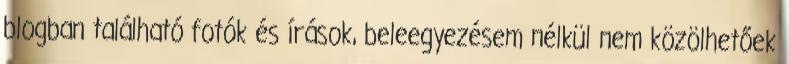
blogban található fotók és írások, beleegyezésem nélkül nem közölhetőek